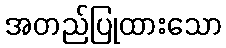
အတည်ပြုထားသော